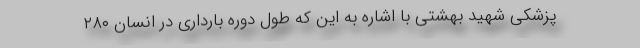
پزشکی شهید بهشتی با اشاره به این که طول دوره بارداری در انسان ۲۸۰